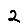
Digit: 2